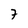
Character: 7